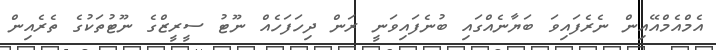
އެމްއެމްއޭއިން ނެރެފައިވަ ބަޔާނެއްގައި ބުނެފައިވަނީ ރަން ދިހަފަހެއް ނޫޓު ސީރީޒްގެ ނޫޓުތަކުގެ ތެރެއިން